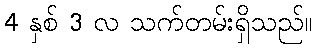
4 နှစ် 3 လ သက်တမ်းရှိသည်။